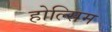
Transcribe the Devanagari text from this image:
होल्सिम